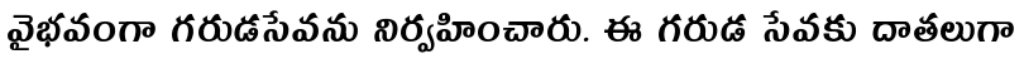
వైభవంగా గరుడసేవను నిర్వహించారు. ఈ గరుడ సేవకు దాతలుగా